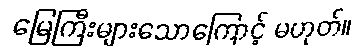
မြေကြီးများသောကြောင့် မဟုတ်။